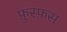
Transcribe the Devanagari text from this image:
फ़ुस्फ़स